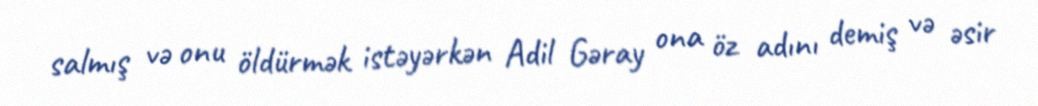
salmış və onu öldürmək istəyərkən Adil Gəray ona öz adını demiş və əsir